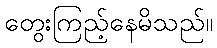
တွေးကြည့်နေမိသည်။